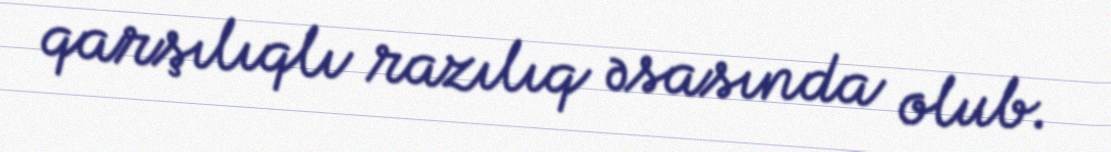
qarşılıqlı razılıq əsasında olub.